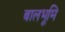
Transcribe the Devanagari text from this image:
बालभूमि